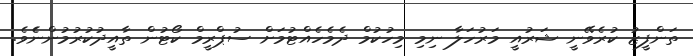
ތަންފީޒު ކުރެވޭނީ ޝަރުއީ މަރުހަލާ ނިމި މިހުކުމް ދެމެހެއްޓުމަށް ސުޕްރީމް ކޯޓުން ތާއީދުކުރުމުންނެެވެ.